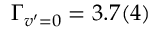
\Gamma _ { v ^ { \prime } = 0 } = 3 . 7 ( 4 )